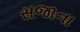
સજાના